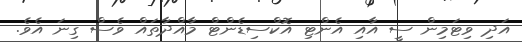
އަދި ވިޓަމިން ސީ އާއި އެންޓި އޮކްސިޑެންޓް މާއްދާތައް ވެސް ގިނަ އެވެ.